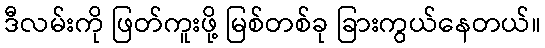
ဒီလမ်းကို ဖြတ်ကူးဖို့ မြစ်တစ်ခု ခြားကွယ်နေတယ်။